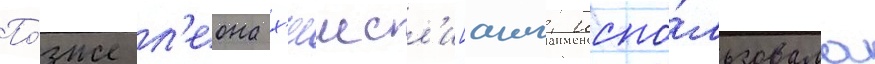
По́зже л'еона х'елмсл'и[англ. испо́льзовала